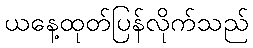
ယနေ့ထုတ်ပြန်လိုက်သည်